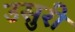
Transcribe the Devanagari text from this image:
उसुरी